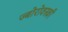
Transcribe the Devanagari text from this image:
ज्बोरोवस्की